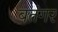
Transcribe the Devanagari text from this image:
बतंगर